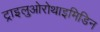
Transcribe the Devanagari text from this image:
ट्राइलुओरोथाइमिडिन